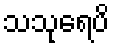
သသုရေပိ